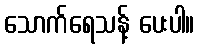
သောက်ရေသန့် ပေးပါ။